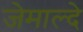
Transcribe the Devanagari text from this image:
जेमाल्दे